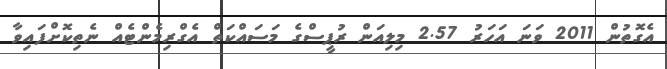
އެގޮތުން 2011 ވަނަ އަހަރު 2.57 މިލިއަން ރުޕީސްގެ މަސައްކަތް އެގްރިމެންޓެއް ނެތިކޮށްފައިވާ